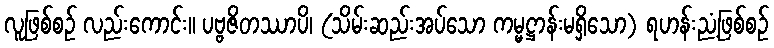
လူဖြစ်စဉ် လည်းကောင်း။ ပဗ္ဗဇိတဿာပိ၊ (သိမ်းဆည်းအပ်သော ကမ္မဋ္ဌာန်းမရှိသော) ရဟန်းညံ့ဖြစ်စဉ်